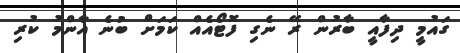
ގައުމީ ދިފާއީ ބާރުން ރޭ ނެގި ފޮޓޯއެއް ކަމަށް ބުނެ އާންމު ކުރި